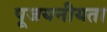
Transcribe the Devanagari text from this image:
पूजयनीयता